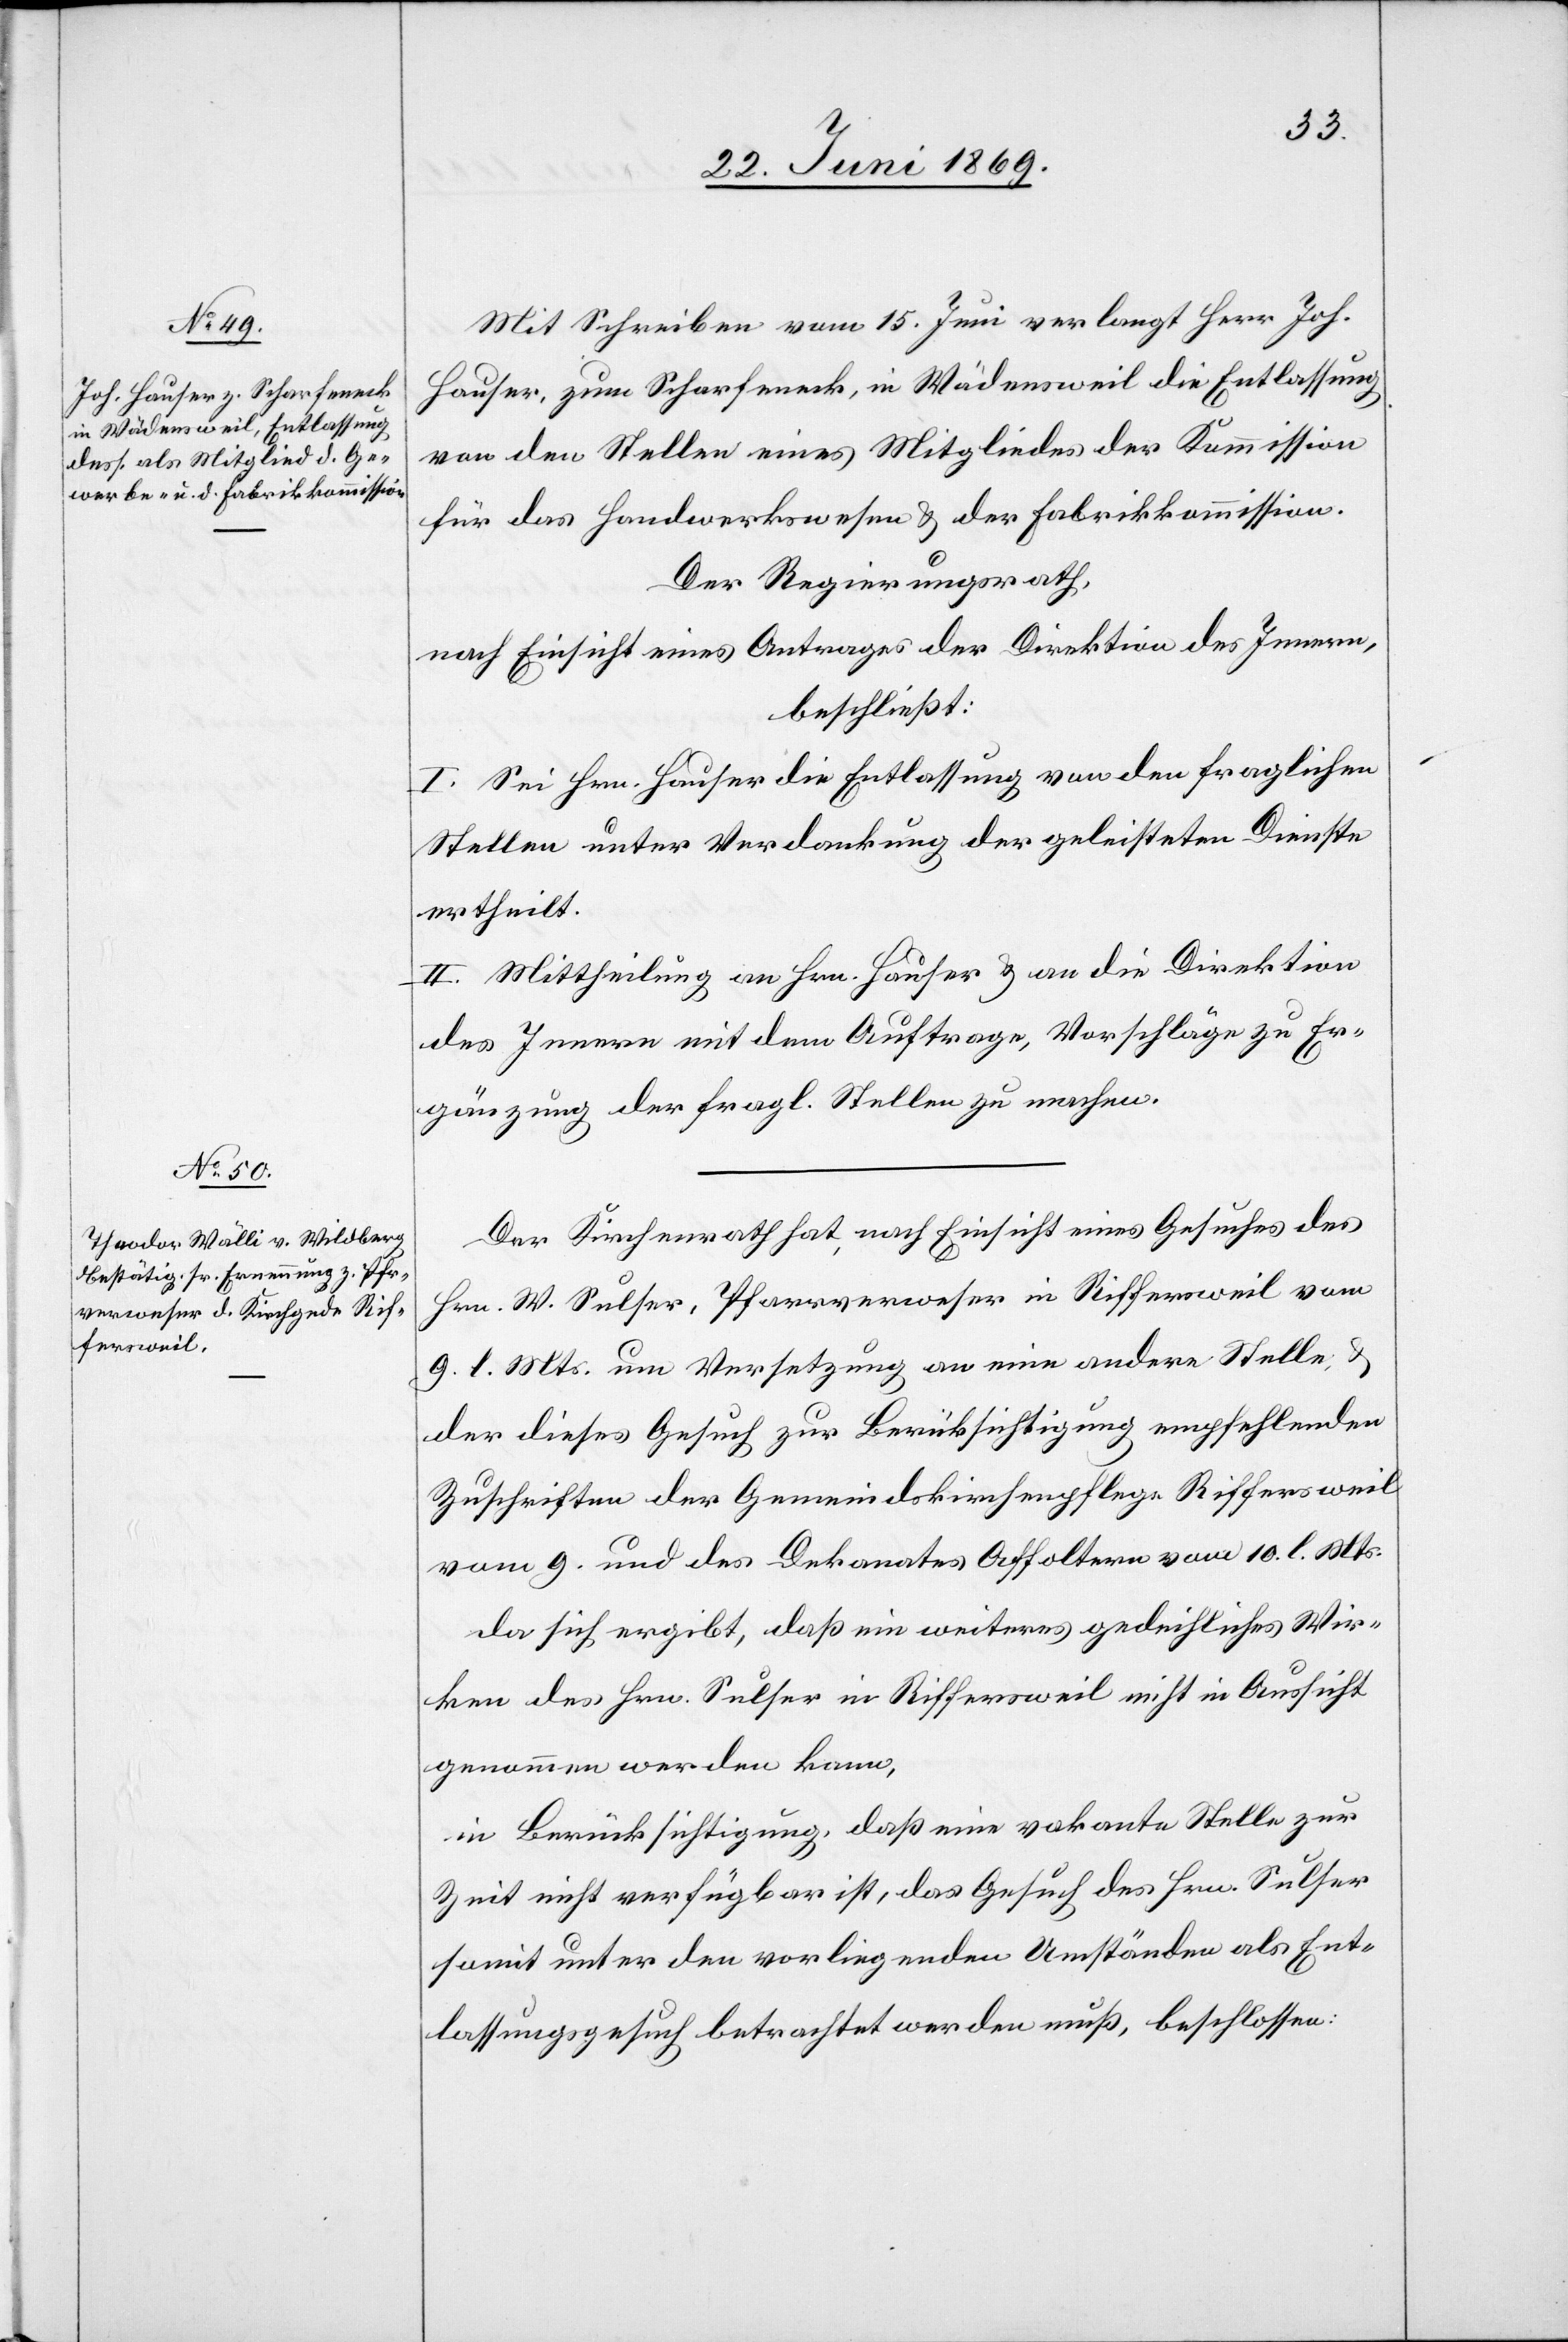
Mit Schreiben vom 15 Juni verlangt Herr Jos.
Hauser, zum Scharfeneck, in Wädensweil die Entlassung
von den Stellen eines Mitgliedes der Kommission
für das Handwerkswesen u. der Fabrikkommission.
Der Regierungsrath,
nach Einsicht eines Antrages der Direktion des Innern,
beschließt:
I. Sei Hrn. Hauser die Entlassung von den fraglichen
Stellen unter Verdankung der geleisteten Dienste
ertheilt.
II. Mittheilung an Hrn. Hauser u. an die Direktion
des Innern mit dem Auftrage, Vorschläge zu Er¬
gänzung der fragl. Stellen zu machen.
Der Kirchenrath hat, nach Einsicht eines Gesuches des
Hrn. W. Sulser, Pfarrverweser in Riffersweil vom
9 l. Mts. um Versetzung an eine andere Stelle, u.
der dieses Gesuch zur Berücksichtigung empfehlenden
Zuschriften der Gemeindskirchenpflege Riffersweil
vom 9. und des Dekanates Affoltern vom 10 l. Mts.
Da sich ergibt, daß ein weiteres gedeihliches Wir¬
ken des Hrn. Sulser in Riffersweil nicht in Aussicht
genommen werden kann.
in Berücksichtigung, daß eine vakante Stelle zur
Zeit nicht verfügbar ist, das Gesuch des Hrn. Sulser
somit unter den vorliegenden Umständen als Ent¬
lassungsgesuch betrachtet werden muß, beschlossen: